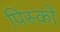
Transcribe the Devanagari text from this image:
पिस्को